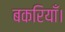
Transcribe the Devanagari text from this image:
बकरियाँ।